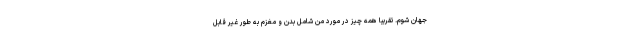
جهان شوم. تقریباً همه چیز در مورد من شامل بدن و مغزم به طور غیر قابل